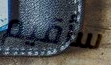
سأقيم